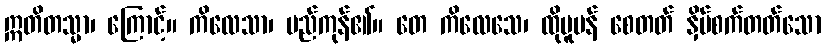
ဣတိတသ္မာ၊ ကြောင့်။ ကိလေသာ၊ မည်ကုန်၏။ တေ ကိလေသေ၊ ထိုပူပန် စေတတ် နှိပ်စက်တတ်သော